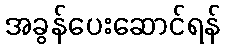
အခွန်ပေးဆောင်ရန်